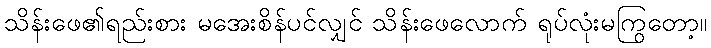
သိန်းဖေ၏ရည်းစား မအေးစိန်ပင်လျှင် သိန်းဖေလောက် ရုပ်လုံးမကြွတော့။